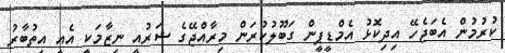
ކުރުމުން އެބަޖެހޭ އިދިކޮޅު އެމްޑީޕީން ގަބޫލުކުރަން މިރާއްޖޭގެ ޝަރުއީ ނިޒާމަކީ އެއީ އިތުބާރު